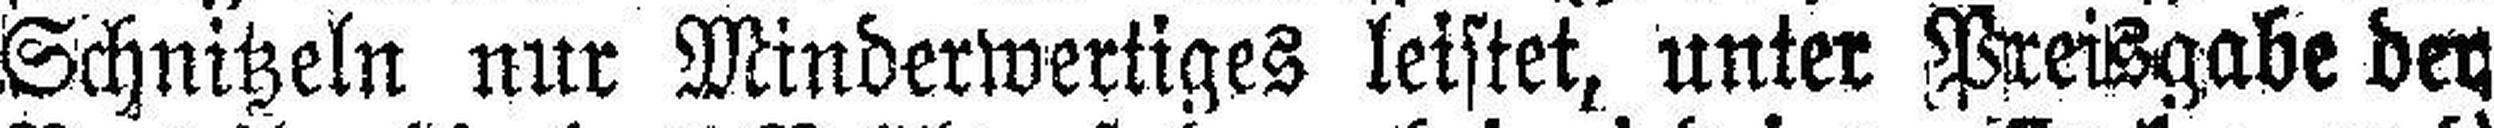
Schnitzeln nur Minderwertiges leistet, unter Preisgabe der